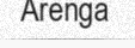
Arenga